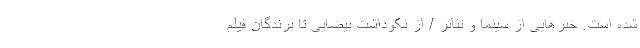
شده است. خبرهایی از سینما و تئاتر / از نکوداشت بیضایی تا برندگان فیلم